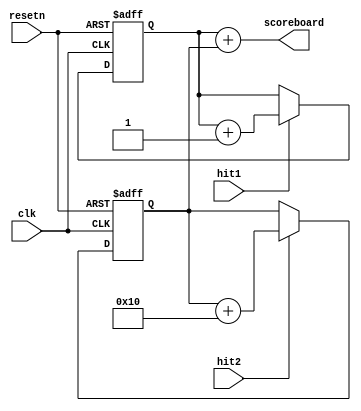
module score(clk, resetn, hit1, hit2, scoreboard);
  input clk, resetn, hit1, hit2;
  output [7:0] scoreboard;

  reg [7:0] p1score;

  always @(posedge clk, negedge resetn)
  begin
    if (resetn == 1'b0)
      p1score<=8'd0;
    else
      begin
      if (hit1 == 1'b1)
        p1score <= p1score + 8'b00000001;
      else if (hit1 == 1'b0)
        p1score <= p1score;
      end
  end

  reg [7:0] p2score;

  always @(posedge clk, negedge resetn)
  begin
    if (resetn == 1'b0)
      p2score<=8'd0;
    else
      begin
      if (hit2 == 1'b1)
        p2score <= p2score + 8'b00010000;
      else if (hit2 == 1'b0)
        p2score <= p2score;
      end
  end

  assign scoreboard = p1score + p2score;

endmodule